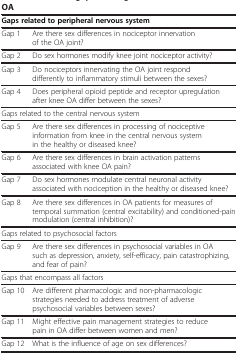
| <COLSPAN=2> Gaps related to peripheral nervous system |
 | --- | --- |
 | Gap 1 | Are there sex differences in nociceptor innervation of the OA joint? |
 | Gap 2 | Do sex hormones modify knee joint nociceptor activity? |
 | Gap 3 | Do nociceptors innervating the OA joint respond differently to inflammatory stimuli between the sexes? |
 | Gap 4 | Does peripheral opioid peptide and receptor upregulation after knee OA differ between the sexes? |
 | Gaps related to the central nervous system |  |
 | Gap 5 | Are there sex differences in processing of nociceptive information from knee in the central nervous system in the healthy or diseased knee? |
 | Gap 6 | Are there sex differences in brain activation patterns associated with knee OA pain? |
 | Gap 7 | Do sex hormones modulate central neuronal activity associated with nociception in the healthy or diseased knee? |
 | Gap 8 | Are there sex differences in OA patients for measures of temporal summation (central excitability) and conditioned-pain modulation (central inhibition)? |
 | Gaps related to psychosocial factors |  |
 | Gap 9 | Are there sex differences in psychosocial variables in OA such as depression, anxiety, self-efficacy, pain catastrophizing, and fear of pain? |
 | Gaps that encompass all factors |  |
 | Gap 10 | Are different pharmacologic and non-pharmacologic strategies needed to address treatment of adverse psychosocial variables between sexes? |
 | Gap 11 | Might effective pain management strategies to reduce pain in OA differ between women and men? |
 | Gap 12 | What is the influence of age on sex differences? |